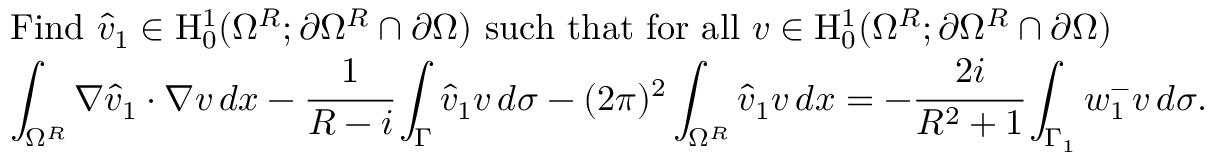
\begin{array} { l } { \mathrm { F i n d ~ } \hat { v } _ { 1 } \in \mathrm { H } _ { 0 } ^ { 1 } ( \Omega ^ { R } ; \partial \Omega ^ { R } \cap \partial \Omega ) \mathrm { ~ s u c h ~ t h a t ~ f o r ~ a l l ~ } v \in \mathrm { H } _ { 0 } ^ { 1 } ( \Omega ^ { R } ; \partial \Omega ^ { R } \cap \partial \Omega ) } \\ { \displaystyle \int _ { \Omega ^ { R } } \nabla \hat { v } _ { 1 } \cdot \nabla v \, d x - \cfrac { 1 } { R - i } \int _ { \Gamma } \hat { v } _ { 1 } v \, d \sigma - ( 2 \pi ) ^ { 2 } \displaystyle \int _ { \Omega ^ { R } } \hat { v } _ { 1 } v \, d x = - \cfrac { 2 i } { R ^ { 2 } + 1 } \int _ { \Gamma _ { 1 } } w _ { 1 } ^ { - } v \, d \sigma . } \end{array}